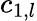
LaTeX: c_{1,l}